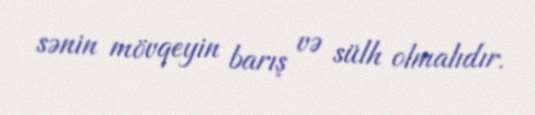
sənin mövqeyin barış və sülh olmalıdır.